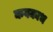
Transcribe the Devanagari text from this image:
कवकाभ